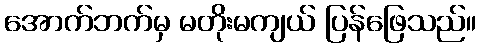
အောက်ဘက်မှ မတိုးမကျယ် ပြန်ဖြေသည်။